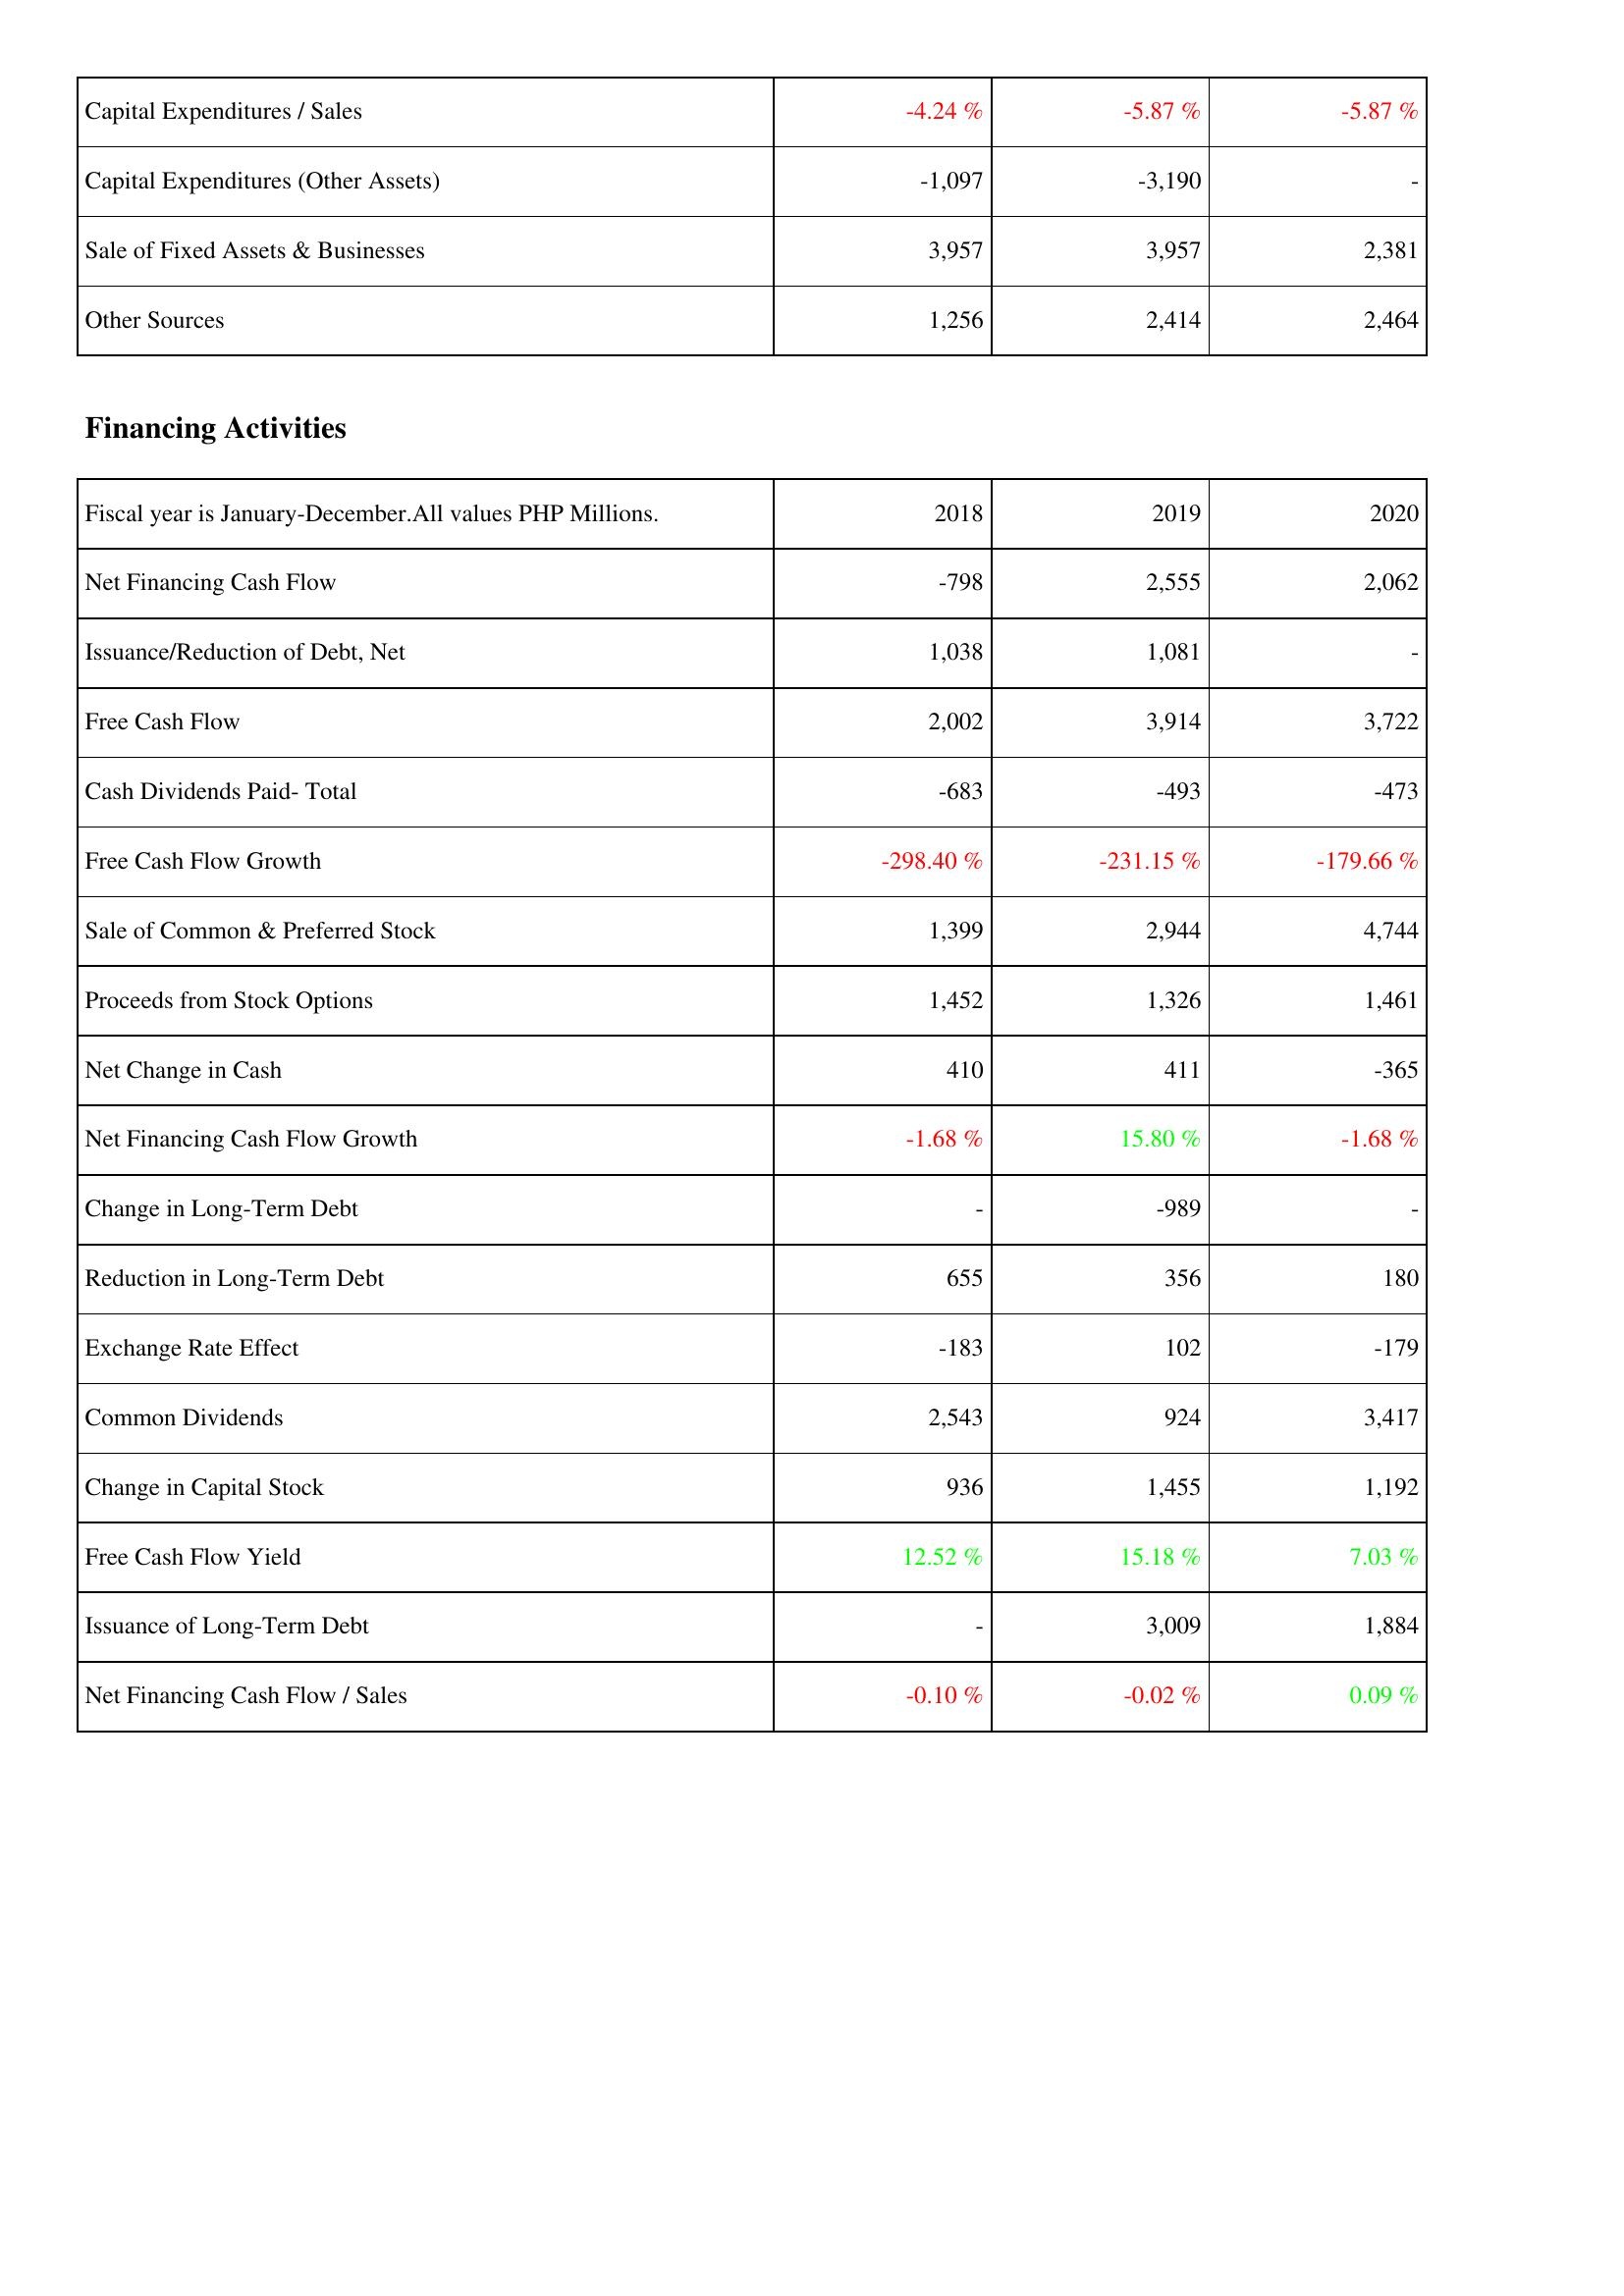
2018: Investing Activities: Capital Expenditures / Sales: -4.24 %
Capital Expenditures (Other Assets): -1,097
Sale of Fixed Assets & Businesses: 3,957
Other Sources: 1,256
Financing Activities: Net Financing Cash Flow: -798
Issuance/Reduction of Debt, Net: 1,038
Free Cash Flow: 2,002
Cash Dividends Paid- Total: -683
Free Cash Flow Growth: -298.40 %
Sale of Common & Preferred Stock: 1,399
Proceeds from Stock Options: 1,452
Net Change in Cash: 410
Net Financing Cash Flow Growth: -1.68 %
Change in Long-Term Debt: -
Reduction in Long-Term Debt: 655
Exchange Rate Effect: -183
Common Dividends: 2,543
Change in Capital Stock: 936
Free Cash Flow Yield: 12.52 %
Issuance of Long-Term Debt: -
Net Financing Cash Flow / Sales: -0.10 %
2019: Investing Activities: Capital Expenditures / Sales: -5.87 %
Capital Expenditures (Other Assets): -3,190
Sale of Fixed Assets & Businesses: 3,957
Other Sources: 2,414
Financing Activities: Net Financing Cash Flow: 2,555
Issuance/Reduction of Debt, Net: 1,081
Free Cash Flow: 3,914
Cash Dividends Paid- Total: -493
Free Cash Flow Growth: -231.15 %
Sale of Common & Preferred Stock: 2,944
Proceeds from Stock Options: 1,326
Net Change in Cash: 411
Net Financing Cash Flow Growth: 15.80 %
Change in Long-Term Debt: -989
Reduction in Long-Term Debt: 356
Exchange Rate Effect: 102
Common Dividends: 924
Change in Capital Stock: 1,455
Free Cash Flow Yield: 15.18 %
Issuance of Long-Term Debt: 3,009
Net Financing Cash Flow / Sales: -0.02 %
2020: Investing Activities: Capital Expenditures / Sales: -5.87 %
Capital Expenditures (Other Assets): -
Sale of Fixed Assets & Businesses: 2,381
Other Sources: 2,464
Financing Activities: Net Financing Cash Flow: 2,062
Issuance/Reduction of Debt, Net: -
Free Cash Flow: 3,722
Cash Dividends Paid- Total: -473
Free Cash Flow Growth: -179.66 %
Sale of Common & Preferred Stock: 4,744
Proceeds from Stock Options: 1,461
Net Change in Cash: -365
Net Financing Cash Flow Growth: -1.68 %
Change in Long-Term Debt: -
Reduction in Long-Term Debt: 180
Exchange Rate Effect: -179
Common Dividends: 3,417
Change in Capital Stock: 1,192
Free Cash Flow Yield: 7.03 %
Issuance of Long-Term Debt: 1,884
Net Financing Cash Flow / Sales: 0.09 %